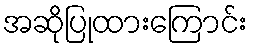
အဆိုပြုထားကြောင်း